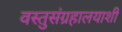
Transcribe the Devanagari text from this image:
वस्तुसंग्रहालयाशी